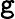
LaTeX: \mathtt{g}